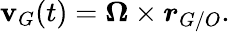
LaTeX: {\boldsymbol{\mathbf{v}}}_{G}(t)={\boldsymbol{\Omega}}\times{\boldsymbol{r}}_{G/O}.